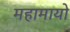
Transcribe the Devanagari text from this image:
महामायो